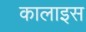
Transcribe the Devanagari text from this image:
कालाइस